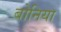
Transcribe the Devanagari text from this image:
बोनिया